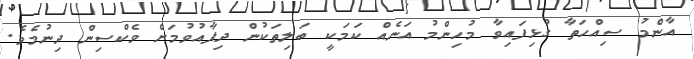
އާންމު ސިއްހަތާ ގުޅިފައިވާ މުހިންމު އަނެއް ކަމަކީ ބަލިތަކުން ދިފާއުވުމަށް ވެކްސިން ދިނުމެވެ.